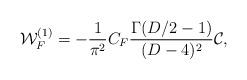
LaTeX: \begin{align*}{\cal W}_F^{(1)} = - \frac{1}{{\pi}^2} C_F {\Gamma(D/2 - 1)\over (D - 4)^2} {\cal C},\end{align*}